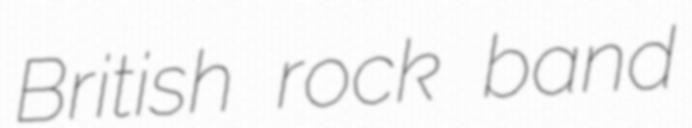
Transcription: British rock band